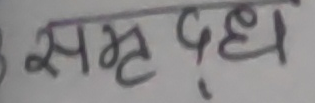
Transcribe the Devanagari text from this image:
समृद्ध